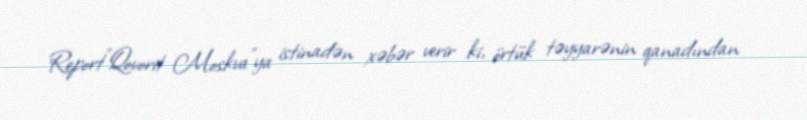
Report"Qovorit Moskva"ya istinadən xəbər verir ki, örtük təyyarənin qanadından